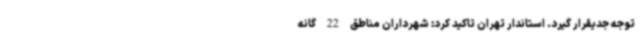
توجه جدیقرار گیرد. استاندار تهران تاکید کرد: شهرداران مناطق 22 گانه